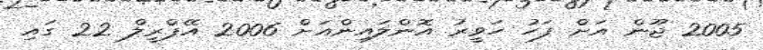
2005 ޖޫން އަށް ފަހު ހަވީރު އޮންލައިންއަށް 2006 އޭޕްރީލް 22 ގައި